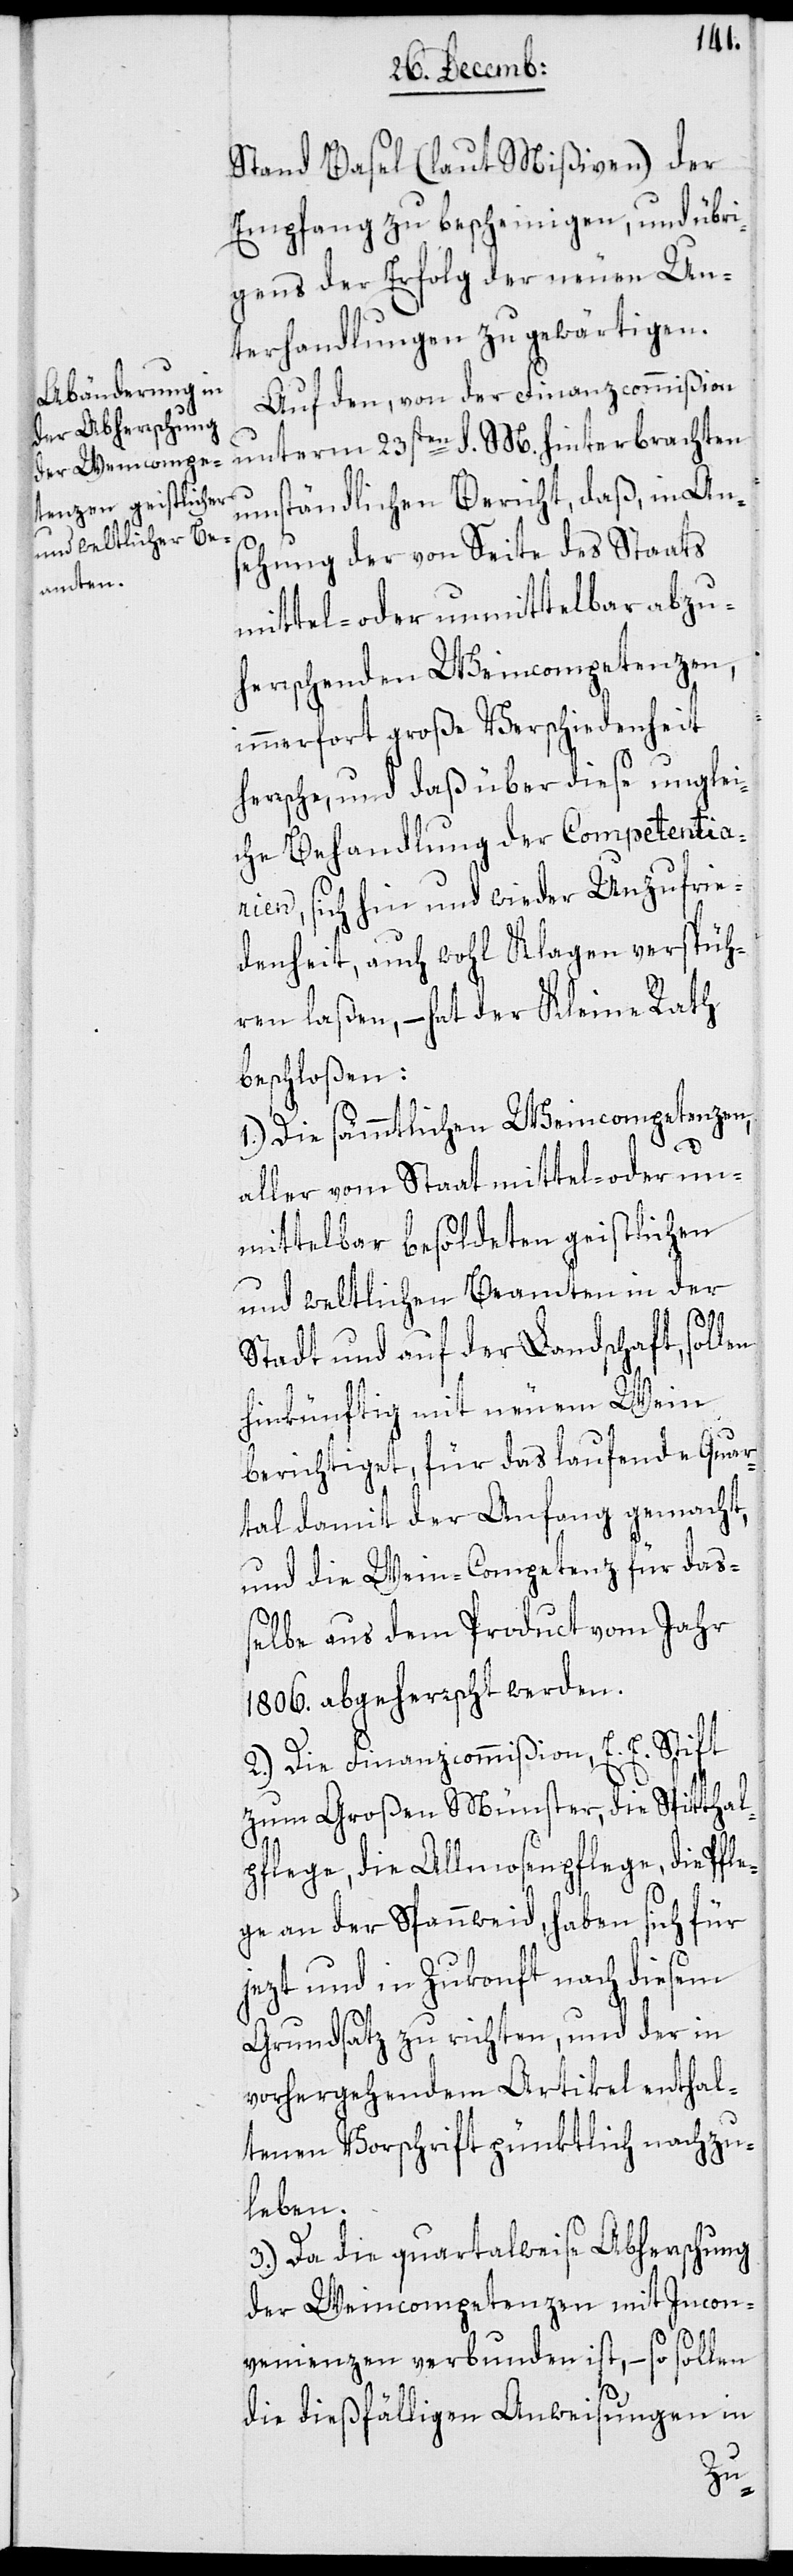
Stand Basel (laut Mißiven) der
Empfang zu bescheinigen, und übri¬
gens der Erfolg der neuen Un¬
terhandlungen zu gewärtigen.
Auf den, von der Finanzcommißion
unterm 23sten d. M. hinterbrachten
umständlichen Bericht, daß, in Ans¬
ehung der von Seite des Staats
mittel- oder unmittelbar abzu¬
herrschenden Weincompetenzen,
immerfort große Verschiedenheit
herrsche, und daß über diese unglei¬
che Behandlung der Competentia¬
rien, sich hin und wieder Unzufrie¬
denheit, auch wohl Klagen verspü¬
ren laßen, – hat der Kleine Rath
beschloßen:
1.) Die sämmtlichen Weincompetenzen,
aller vom Staat mittel- oder un¬
mittelbar besoldeten geistlichen
und weltlichen Beamten in der
Stadt und auf der Landschaft, sollen
hinkünftig mit neuem Wein
berichtiget, für das laufende Quar¬
tal damit der Anfang gemacht,
und die Wein-Competenz für das¬
selbe aus dem Product vom Jahr
1806. abgeherrscht werden.
2.) Die Finanzcommißion, E. E. Stift
zum Großen Münster, die Spitthal¬
pflege, die Allmosenpflege, die Pfle¬
ge an der Spannweid, haben sich für
jezt und in Zukonft nach diesem
Grundsatz zu richten, und der in
vorhergehendem Artikel enthal¬
tenen Vorschrift pünktlich nachzu¬
leben.
3.) Da die quartalsweise Abherrschung
der Weincompetenzen mit Incon¬
venienzen verbunden ist, – so sollen
die dießfälligen Anweisungen in